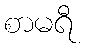
စာမရီ